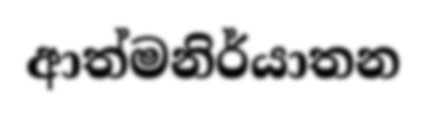
ආත්මනිර්යාතන